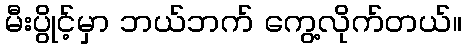
မီးပွိုင့်မှာ ဘယ်ဘက် ကွေ့လိုက်တယ်။